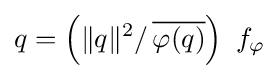
q=\left(\|q\|^{2}/\,{\overline {\varphi (q)}}\right)\ f_{\varphi }